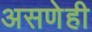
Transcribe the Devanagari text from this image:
असणेही